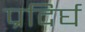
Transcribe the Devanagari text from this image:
प्रदिर्घ